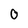
Character: 0